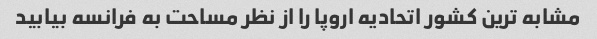
مشابه ترین کشور اتحادیه اروپا را از نظر مساحت به فرانسه بیابید